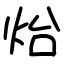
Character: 炲